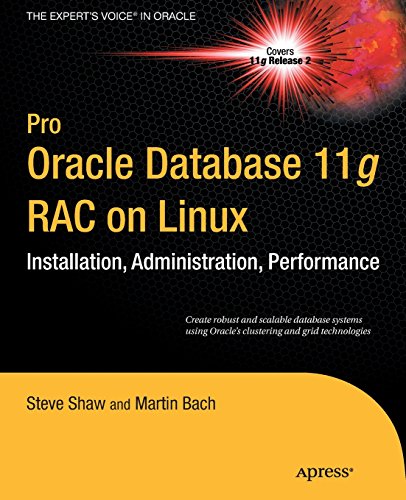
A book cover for Pro Oracle Database 11g RAC on Linux (Expert's Voice in Oracle); Martin Bach; Computers & Technology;